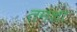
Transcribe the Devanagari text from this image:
तमशा